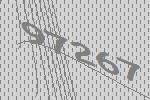
97267